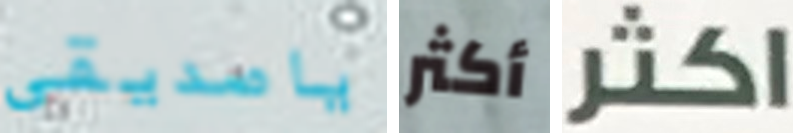
ياصديقى أكثر اكثر